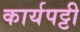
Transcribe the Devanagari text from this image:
कार्यपट्टी